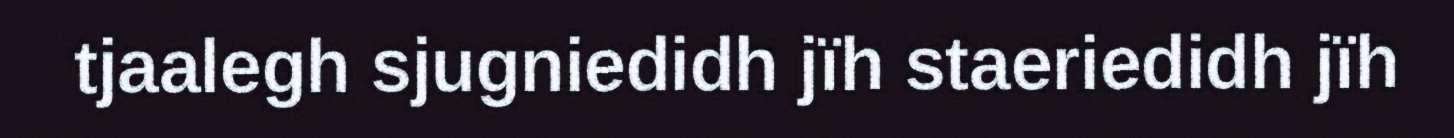
tjaalegh sjugniedidh jïh staeriedidh jïh